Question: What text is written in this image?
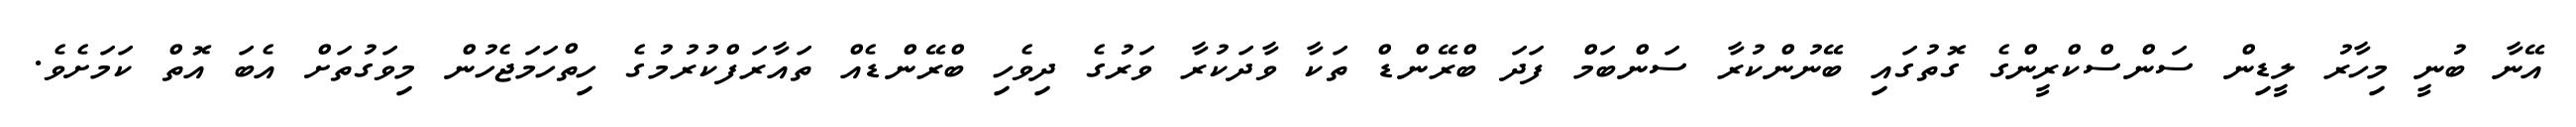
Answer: އޭނާ ބުނީ މިހާރު ލީޑިން ސަންސްކްރީންގެ ގޮތުގައި ބޭނުންކުރާ ސަންބަމް ފަދަ ބްރޭންޑް ތަކާ ވާދަކުރާ ވަރުގެ ދިވެހި ބްރޭންޑެއް ތައާރަފްކުރުމުގެ ހިތްހަމަޖެހުން މިވަގުތަށް އެބަ އޮތް ކަމަށެވެ.